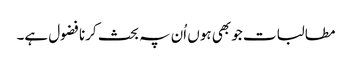
مطالبات جو بھی ہوں اُن پہ بحث کرنا فضول ہے۔